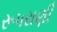
રૂપરાણી